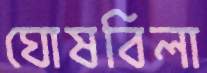
ঘোষবিলা